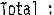
TOTAL :